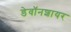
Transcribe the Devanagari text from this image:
डेवॉनशायर